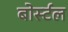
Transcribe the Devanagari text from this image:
बोर्स्टल